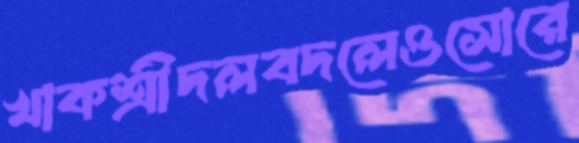
খাকশ্রীদলবদলেওসোরে